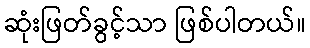
ဆုံးဖြတ်ခွင့်သာ ဖြစ်ပါတယ်။